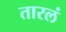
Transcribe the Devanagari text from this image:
तारलं